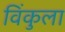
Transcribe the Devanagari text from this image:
विंकुला